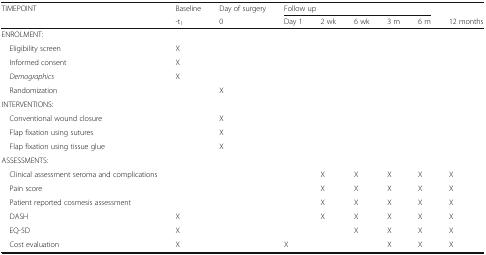
<table><thead><tr><td rowspan="2"><b>TIMEPOINT</b></td><td><b>Baseline</b></td><td><b>Day of surgery</b></td><td colspan="5"><b>Follow up</b></td><td>[EMPTY_CELL]</td></tr><tr><td><b>-t<sub>1</sub></b></td><td><b>0</b></td><td><b>Day 1</b></td><td><b>2 wk</b></td><td><b>6 wk</b></td><td><b>3 m</b></td><td><b>6 m</b></td><td><b>12 months</b></td></tr></thead><tbody><tr><td colspan="9">ENROLMENT:</td></tr><tr><td> Eligibility screen</td><td>X</td><td>[EMPTY_CELL]</td><td>[EMPTY_CELL]</td><td>[EMPTY_CELL]</td><td>[EMPTY_CELL]</td><td>[EMPTY_CELL]</td><td>[EMPTY_CELL]</td><td>[EMPTY_CELL]</td></tr><tr><td> Informed consent</td><td>X</td><td>[EMPTY_CELL]</td><td>[EMPTY_CELL]</td><td>[EMPTY_CELL]</td><td>[EMPTY_CELL]</td><td>[EMPTY_CELL]</td><td>[EMPTY_CELL]</td><td>[EMPTY_CELL]</td></tr><tr><td> <i>Demographics</i></td><td>X</td><td>[EMPTY_CELL]</td><td>[EMPTY_CELL]</td><td>[EMPTY_CELL]</td><td>[EMPTY_CELL]</td><td>[EMPTY_CELL]</td><td>[EMPTY_CELL]</td><td>[EMPTY_CELL]</td></tr><tr><td> Randomization</td><td>[EMPTY_CELL]</td><td>X</td><td>[EMPTY_CELL]</td><td>[EMPTY_CELL]</td><td>[EMPTY_CELL]</td><td>[EMPTY_CELL]</td><td>[EMPTY_CELL]</td><td>[EMPTY_CELL]</td></tr><tr><td colspan="9">INTERVENTIONS:</td></tr><tr><td> Conventional wound closure</td><td>[EMPTY_CELL]</td><td>X</td><td>[EMPTY_CELL]</td><td>[EMPTY_CELL]</td><td>[EMPTY_CELL]</td><td>[EMPTY_CELL]</td><td>[EMPTY_CELL]</td><td>[EMPTY_CELL]</td></tr><tr><td> Flap fixation using sutures</td><td>[EMPTY_CELL]</td><td>X</td><td>[EMPTY_CELL]</td><td>[EMPTY_CELL]</td><td>[EMPTY_CELL]</td><td>[EMPTY_CELL]</td><td>[EMPTY_CELL]</td><td>[EMPTY_CELL]</td></tr><tr><td> Flap fixation using tissue glue</td><td>[EMPTY_CELL]</td><td>X</td><td>[EMPTY_CELL]</td><td>[EMPTY_CELL]</td><td>[EMPTY_CELL]</td><td>[EMPTY_CELL]</td><td>[EMPTY_CELL]</td><td>[EMPTY_CELL]</td></tr><tr><td colspan="9">ASSESSMENTS:</td></tr><tr><td> Clinical assessment seroma and complications</td><td>[EMPTY_CELL]</td><td>[EMPTY_CELL]</td><td>[EMPTY_CELL]</td><td>X</td><td>X</td><td>X</td><td>X</td><td>X</td></tr><tr><td> Pain score</td><td>[EMPTY_CELL]</td><td>[EMPTY_CELL]</td><td>[EMPTY_CELL]</td><td>X</td><td>X</td><td>X</td><td>X</td><td>X</td></tr><tr><td> Patient reported cosmesis assessment</td><td>[EMPTY_CELL]</td><td>[EMPTY_CELL]</td><td>[EMPTY_CELL]</td><td>X</td><td>X</td><td>X</td><td>X</td><td>X</td></tr><tr><td> DASH</td><td>X</td><td>[EMPTY_CELL]</td><td>[EMPTY_CELL]</td><td>X</td><td>X</td><td>X</td><td>X</td><td>X</td></tr><tr><td> EQ-5D</td><td>X</td><td>[EMPTY_CELL]</td><td>[EMPTY_CELL]</td><td>[EMPTY_CELL]</td><td>X</td><td>X</td><td>X</td><td>X</td></tr><tr><td> Cost evaluation</td><td>X</td><td>[EMPTY_CELL]</td><td>X</td><td>[EMPTY_CELL]</td><td>[EMPTY_CELL]</td><td>X</td><td>X</td><td>X</td></tr></tbody></table>